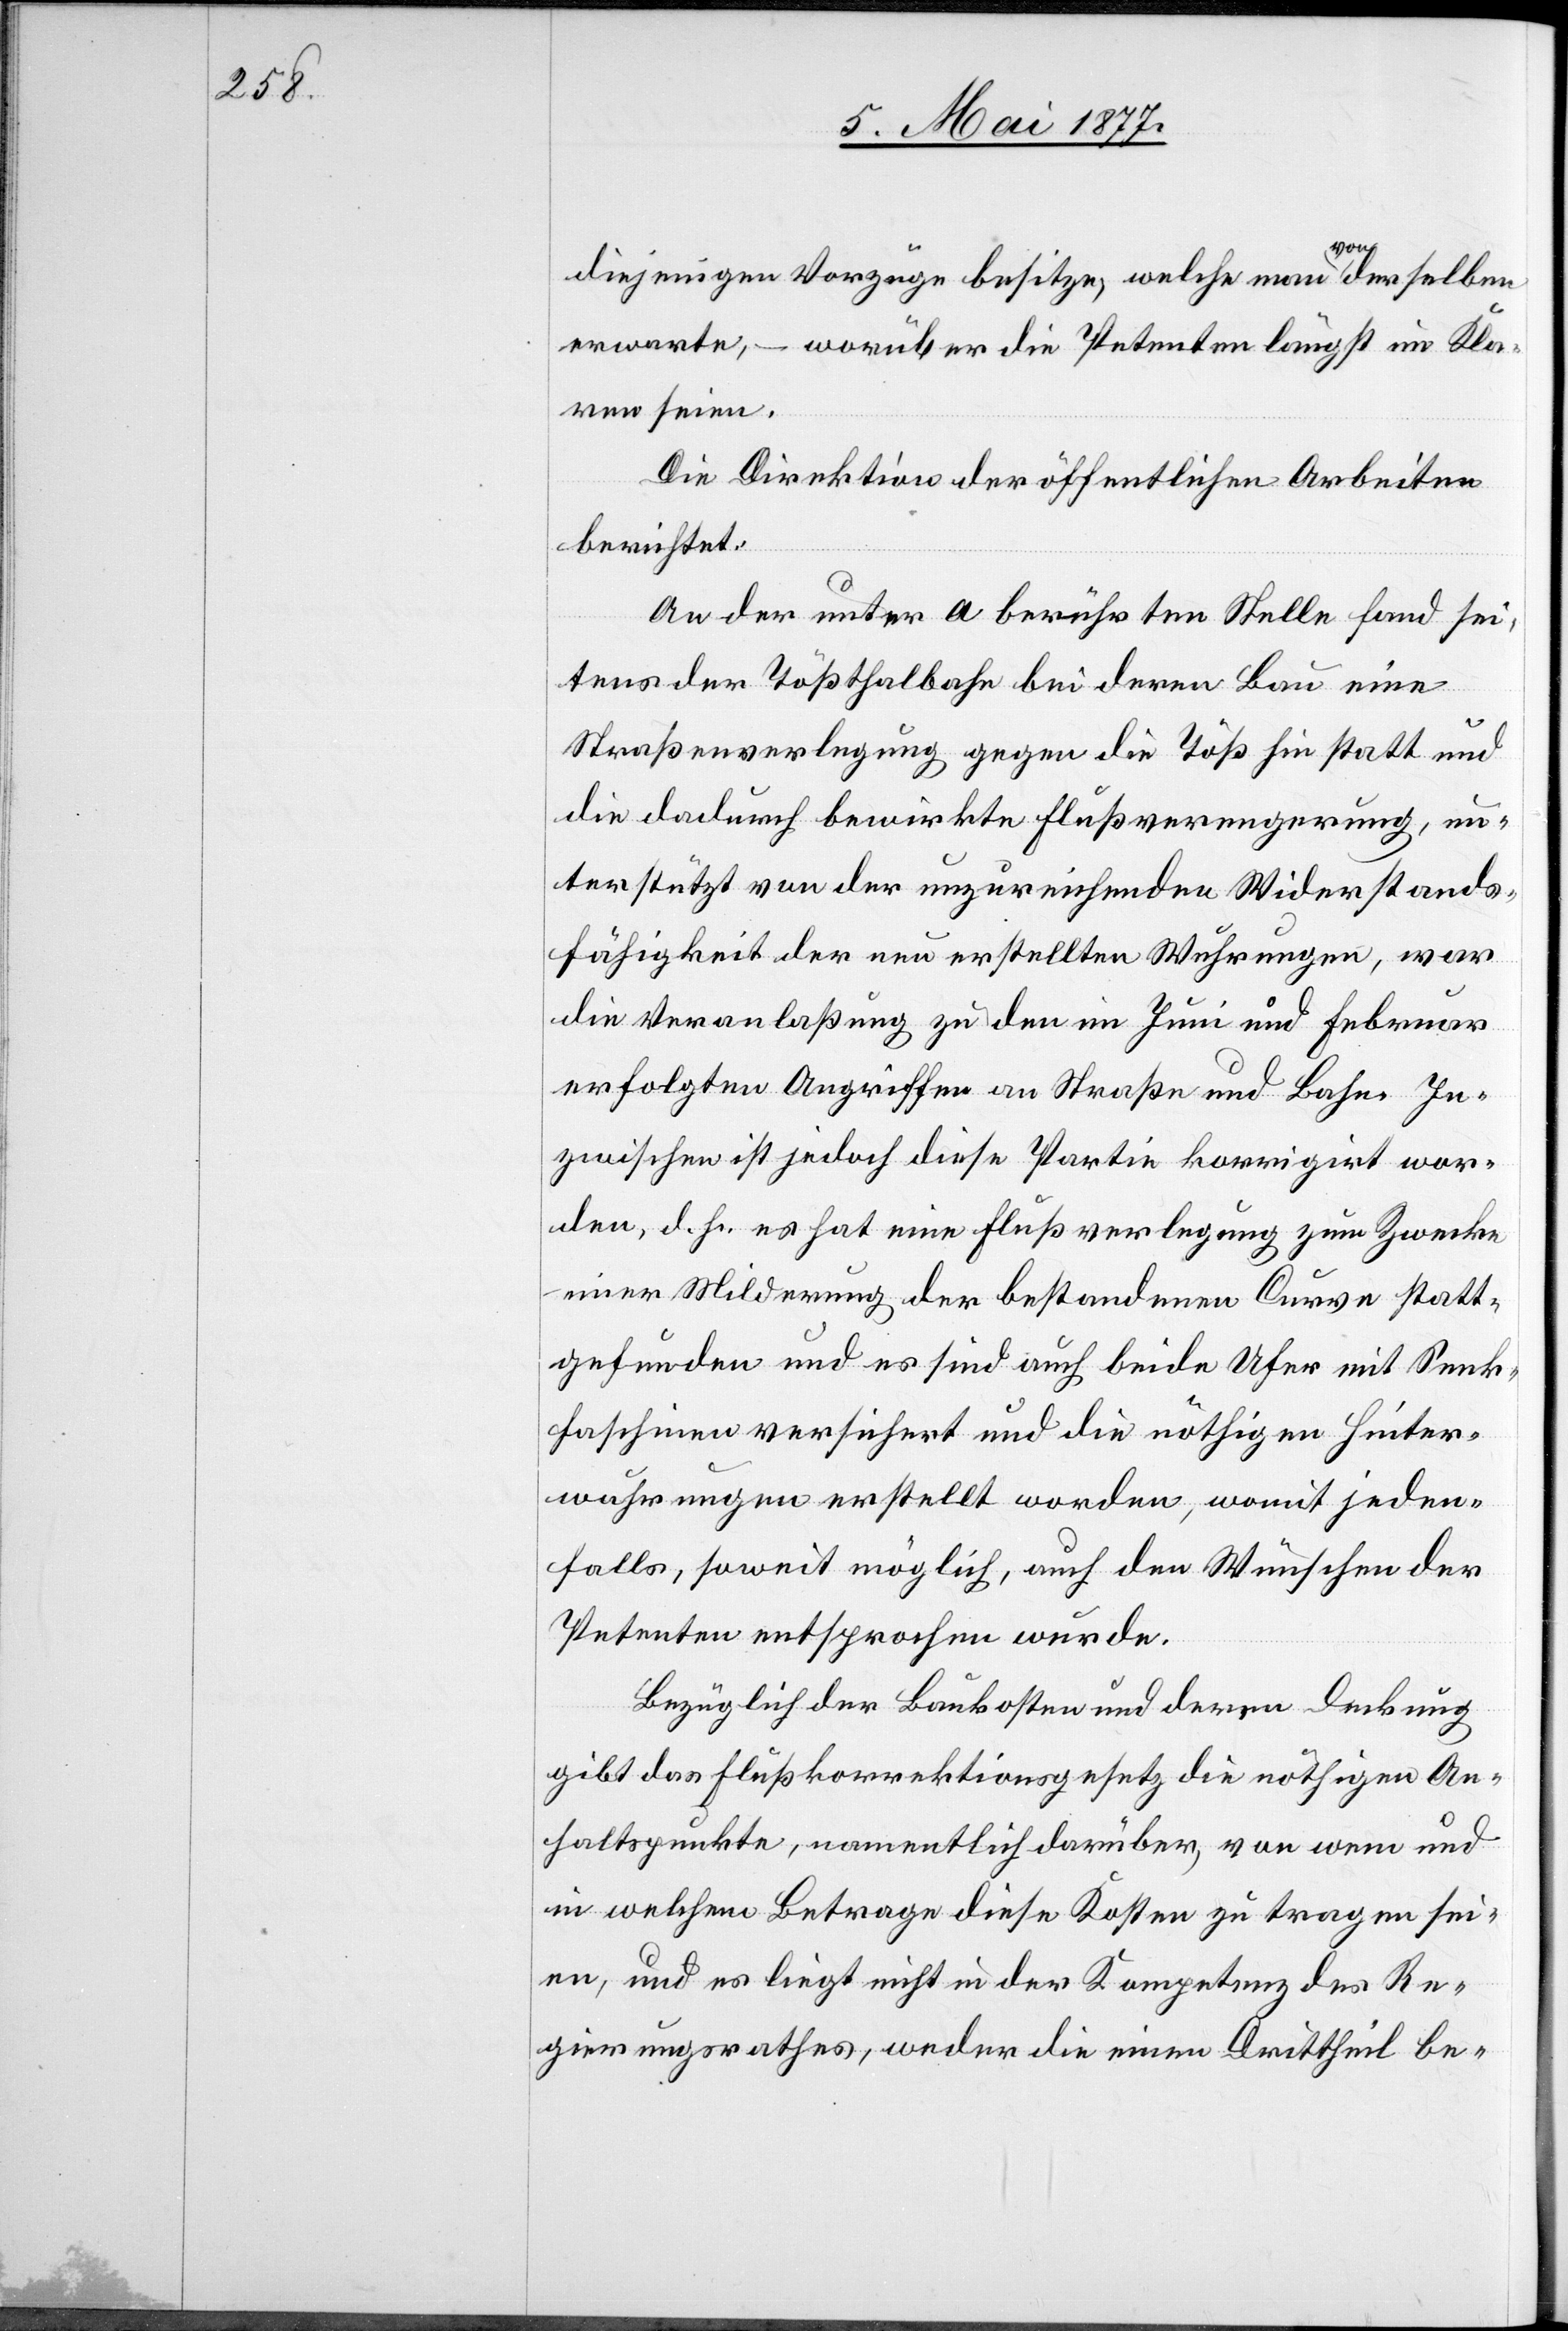
diejenigen Vorzüge besitze, welche man von derselben
erwarte, – worüber die Petenten längst im Kla¬
ren seien.
Die Direktion der öffentlichen Arbeiten
berichtet:
An der unter a berührten Stelle fand sei¬
tens der Tößthalbahn bei deren Bau eine
Straßenverlegung gegen die Töß hin statt und
die dadurch bewirkte Flußverengerung, un¬
terstützt von der unzureichenden Widerstands¬
fähigkeit der neu erstellten Wuhrungen, war
die Veranlaßung zu den im Juni und Februar
erfolgten Angriffen an Straße und Bahn. In¬
zwischen ist jedoch diese Partie korrigirt wor¬
den, d. h. es hat eine Flußverlegung zum Zwecke
einer Milderung der bestandenen Curve statt¬
gefunden und es sind auch beide Ufer mit Senk¬
faschinen versichert und die nöthigen Hinter¬
wuhrungen erstellt worden, womit jeden¬
falls, soweit möglich, auch den Wünschen der
Petenten entsprochen wurde.
Bezüglich der Baukosten und deren Deckung
gibt das Flußkorrektionsgesetz die nöthigen An¬
haltspunkte, namentlich darüber, von wem und
in welchem Betrage diese Kosten zu tragen sei¬
en, und es liegt nicht in der Kompetenz des Re¬
gierungsrathes, weder die einen Drittheil be-